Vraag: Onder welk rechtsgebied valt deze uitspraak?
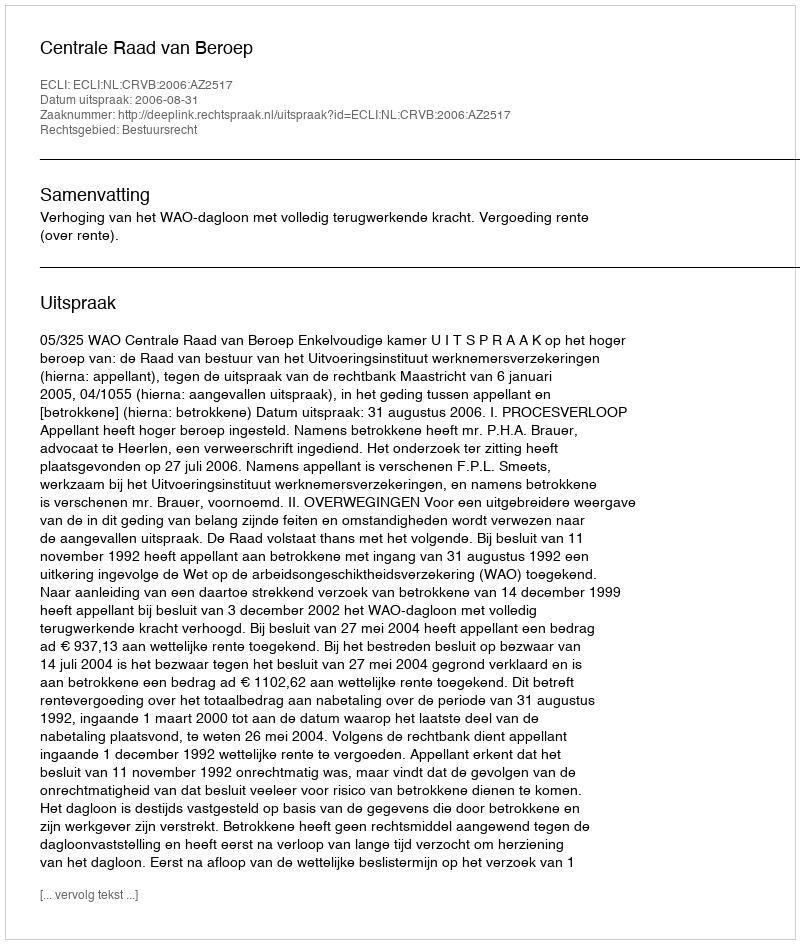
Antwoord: Bestuursrecht